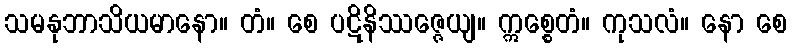
သမနုဘာသိယမာနော။ တံ။ စေ ပဋိနိဿဇ္ဇေယျ။ ဣစ္စေတံ။ ကုသလံ။ နော စေ